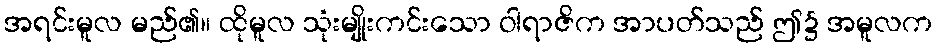
အရင်းမူလ မည်၏။ ထိုမူလ သုံးမျိုးကင်းသော ဝါရာဇိက အာပတ်သည် ဤ၌ အမူလက